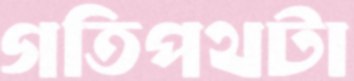
গতিপথটা